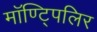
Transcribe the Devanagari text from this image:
मॉण्ट्पिलिर